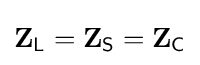
\mathbf {Z} _{\mathsf {L}}=\mathbf {Z} _{\mathsf {S}}=\mathbf {Z} _{\mathsf {C}}